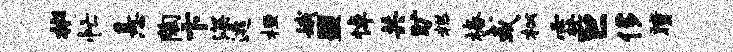
彬忙悬陶卞深逃桓娥盟悼共旷糕椿或松霖巨侈瞳